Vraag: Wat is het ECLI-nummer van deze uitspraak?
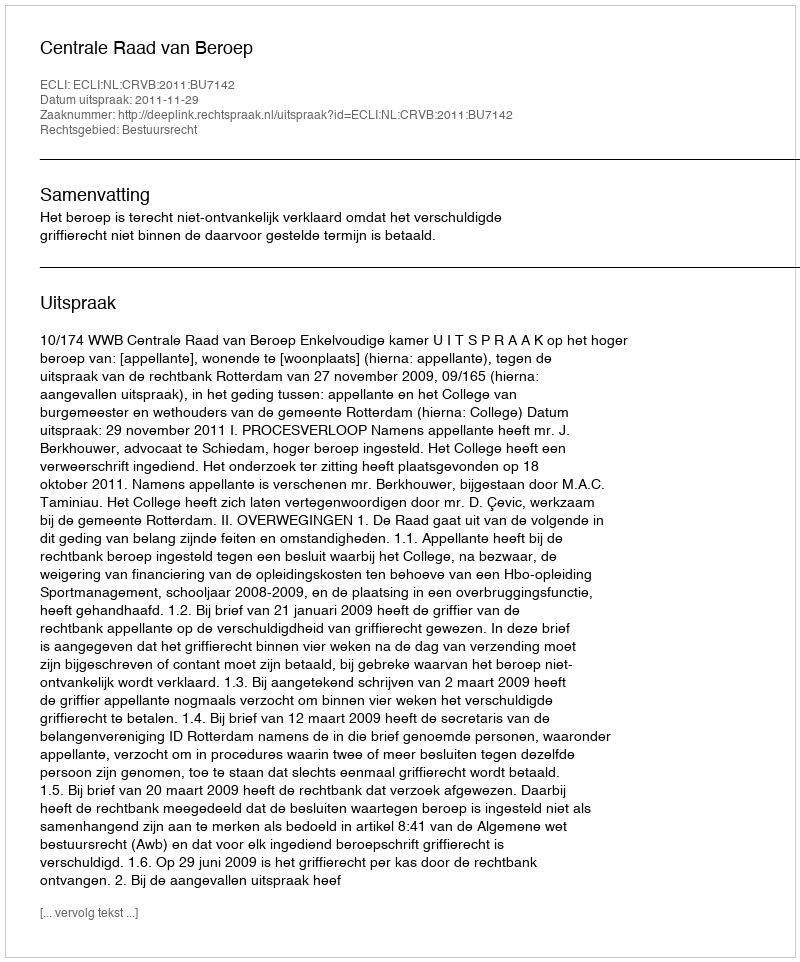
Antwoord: ECLI:NL:CRVB:2011:BU7142